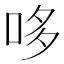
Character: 哆